Report on sanitation, dispensaries, and jails in Rajputana for 1917, and on vaccination for the year 1917-1918 - 1917-1918
Year: 1917
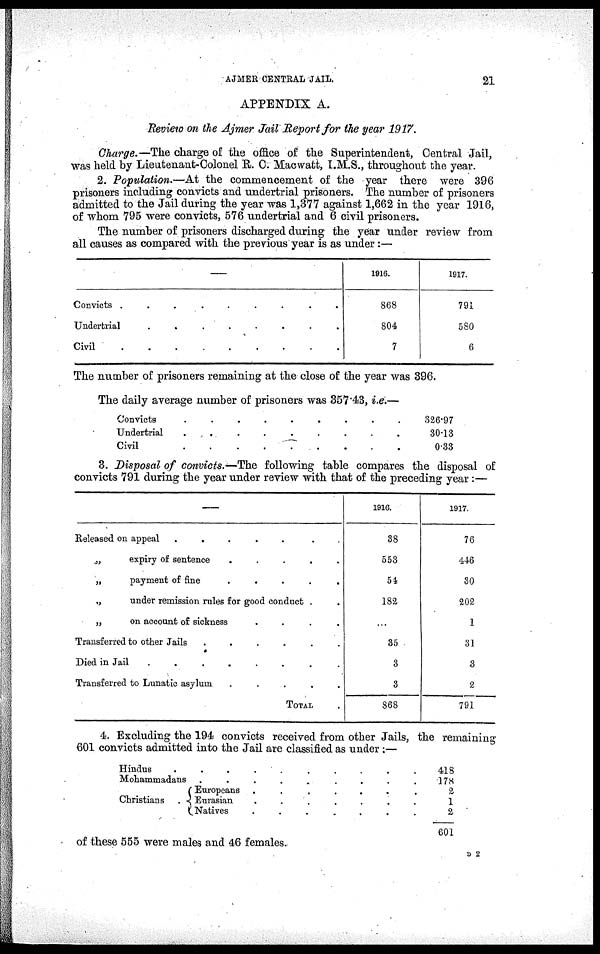
AJMER CENTRAL JAIL.
21
APPENDIX A.
Review on the Ajmer Jail Report for the year 1917.
Charge.—The charge of the office of the Superintendent, Central Jail,
was held by Lieutenant-Colonel R. C. Macwatt, I.M.S., throughout the year.
2. Population.—At the commencement of the year there were 396
prisoners including convicts and undertrial prisoners. The number of prisoners
admitted to the Jail during the year was 1,377 against 1,662 in the year 1916,
of whom 795 were convicts, 576 undertrial and 6 civil prisoners.
The number of prisoners discharged during the year under review from
all causes as compared with the previous year is as under:—
—
Convicts .
.
.
.
.
.
.
.
.
Undertrial
.
.
.
.
.
.
.
.
Civil
.
.
.
.
.
.
.
.
.
1916.
868
804
7
1917.
791
580
6
The number of prisoners remaining at the close of the year was 396.
The daily average number of prisoners was 357.43, i.e.—
Convicts
.
.
.
.
.
.
.
.
.
Undertrial
.
.
.
.
.
.
.
.
.
Civil
.
.
.
.
.
.
.
.
.
.
326.97
30.13
0.33
3. Disposal of convicts.—The following table compares the disposal of
convicts 791 during the year under review with that of the preceding year:—
—
Released on appeal
.
.
.
.
.
. .
„
expiry of sentence
.
.
.
.
.
„
payment of
fine
.
.
.
.
.
„
under remission rules for good conduct . .
„
on account of sickness
.
.
.
.
Transferred to other Jails
.
.
.
.
.
.
Died in Jail
.
.
.
.
.
.
.
Transferred to Lunatic asylum
.
.
.
.
.
TOTAL .
1916.
38
553
54
182
...
35
3
3
868
1917.
76
446
30
202
1
31
3
2
791
4. Excluding the 194 convicts received from other Jails, the remaining
601 convicts admitted into the Jail are classified as under :—
Hindus
.
.
.
.
.
.
.
.
.
.
Mohammadans .
.
.
.
.
.
.
.
.
Christians .
Europeans .
.
.
.
.
.
.
Eurasian
.
.
.
.
.
.
.
Natives
.
.
.
.
.
.
.
418
178
2
1
2
601
of these 555 were males and 46 females.
D 2